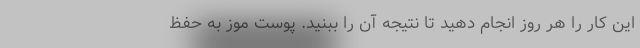
این کار را هر روز انجام دهید تا نتیجه آن را ببنید. پوست موز به حفظ